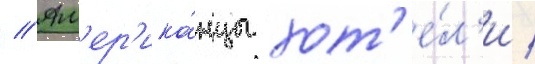
// Ам'ер'ика́нцы хот'е́л'и /